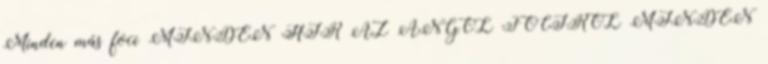
Minden más foci MINDEN HÍR AZ ANGOL FOCIRÓL MINDEN